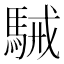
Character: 駴